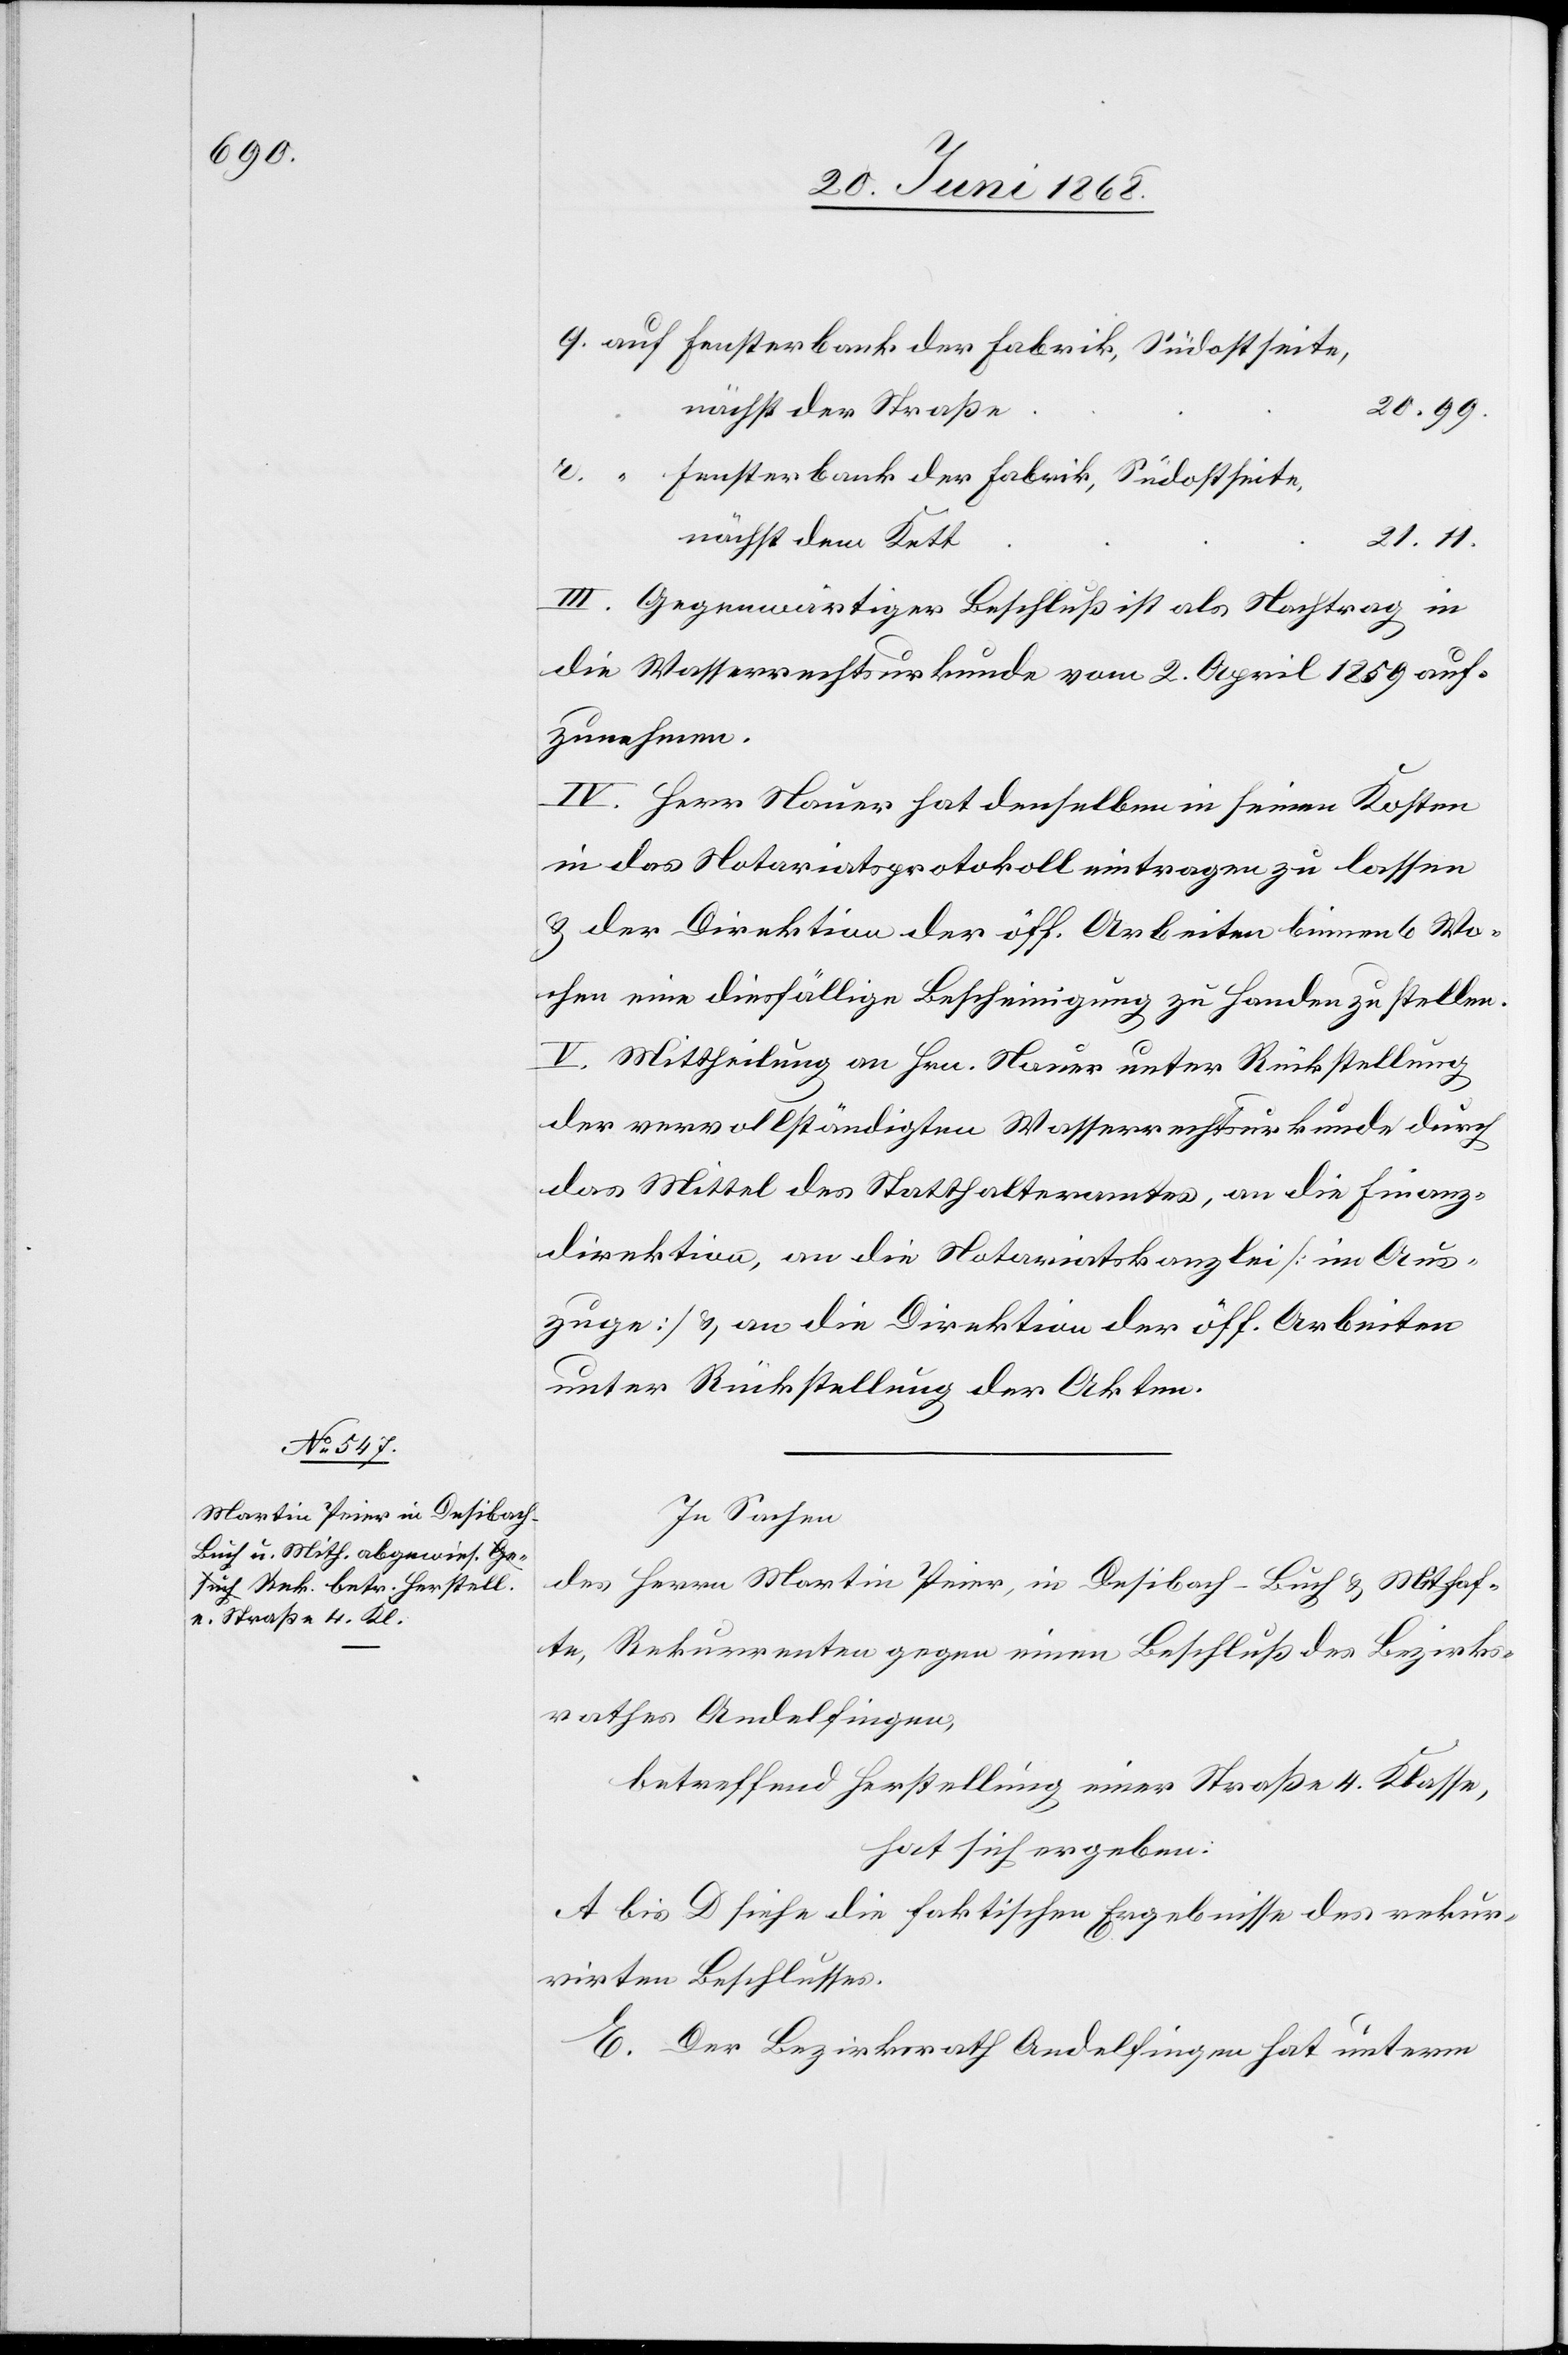
20.99.
nächst der Straße
r.
Fensterbank der Fabrik, Südostseite,
nächst dem Kett
21.11.
III. Gegenwärtiger Beschluß ist als Nachtrag in
die Wasserrechtsurkunde vom 2. April 1859 auf¬
zunehmen.
IV. Herr Nauer hat denselben in seinen Kosten
in das Notariatsprotokoll eintragen zu lassen
& der Direktion der öff. Arbeiten binnen 6 Wo¬
chen eine diesfällige Bescheinigung zu Handen zu stellen.
V. Mittheilung an Hrn. Nauer unter Rückstellung
der vervollständigten Wasserrechtsurkunde durch
das Mittel des Statthalteramtes, an die Finanz¬
direktion, an die Notariatskanzlei [im Aus¬
zuge] & an die Direktion der öff. Arbeiten
unter Rückstellung der Akten.
In Sachen
des Herrn Martin Peier, in Desibach-Buch & Mithaf¬
te, Rekurrenten gegen einen Beschluß des Bezirks¬
rathes Andelfingen,
betreffend Herstellung einer Straße 4. Klasse,
hat sich ergeben:
A bis D siehe die faktischen Ergebnisse des rekur¬
rirten Beschlusses.
E. Der Bezirksrath Andelfingen hat unterm